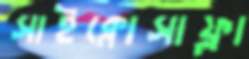
সাইক্লোসাফ্লা